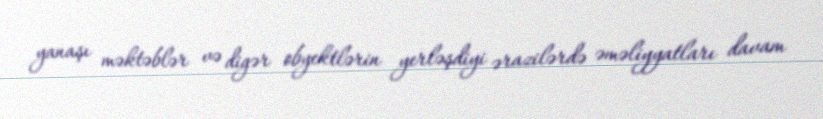
yanaşı məktəblər və digər obyektlərin yerləşdiyi ərazilərdə əməliyyatları davam